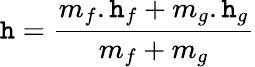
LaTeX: \mathtt{h}={\frac{{m_{f}.\mathtt{h}_{f}+m_{g}.\mathtt{h}_{g}}}{{m_{f}+m_{g}}}}